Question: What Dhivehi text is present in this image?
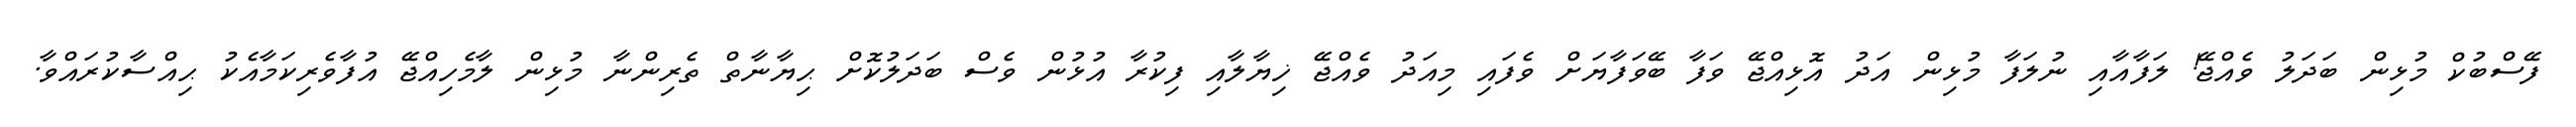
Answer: ފޭސްބުކް މުޅިން ބަދަލު ވެއްޖޭ! ލަފާއާއި ނުލަފާ މުޅިން އަދު އޮޅިއްޖޭ ވަފާ ބޭވަފާޔަށް ވެފައި މިއަދު ވެއްޖޭ ޚިޔާލާއި ފިކުރާ އުޅުން ވެސް ބަދަލުކޮށް ޙިޔާނާތް ތެރިންނާ މުޅިން ލާމެހިއްޖޭ އުފާވެރިކަމާއެކު ޙިއްސާކުރައްވާ.